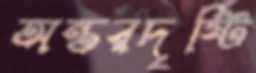
অন্তরদৃষ্টি